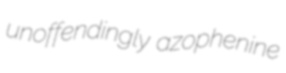
unoffendingly azophenine